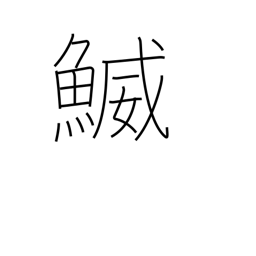
Meaning: a type of fish